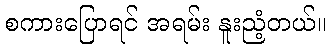
စကားပြောရင် အရမ်း နူးညံ့တယ်။